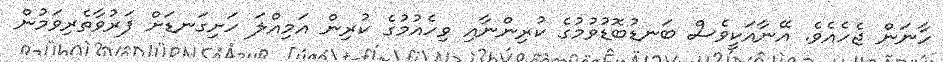
ހާނަން ޖެހެއެވެ. އޭނާއަކީވެސް ބަނޑުބޮޑުވުމުގެ ކުރިންނާއި ވިހެއުމުގެ ކުރިން އަމިއްލަ ހަށިގަނޑަށް ފަރުވާތެރިވަމުން